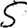
Digit: 5